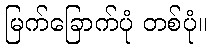
မြက်ခြောက်ပုံ တစ်ပုံ။